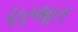
પરભાત